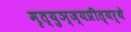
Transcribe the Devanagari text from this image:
मृत्युञ्ज्यप्रीत्यर्थे